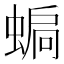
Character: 𧍮